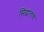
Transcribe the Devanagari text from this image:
सिंद्धांताचे